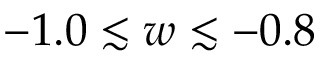
- 1 . 0 \lesssim w \lesssim - 0 . 8